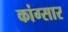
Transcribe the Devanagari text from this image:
कांग्सार